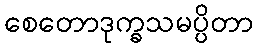
စေတောဒုက္ခသမပ္ပိတာ